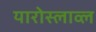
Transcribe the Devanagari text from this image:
यारोस्लाव्ल